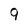
Character: 9